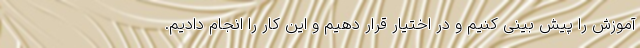
آموزش را پیش بینی کنیم و در اختیار قرار دهیم و این کار را انجام دادیم.